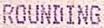
ROUNDING